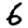
Digit: 6